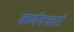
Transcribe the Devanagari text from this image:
कर्मवचारी